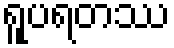
ရူပရတဿ